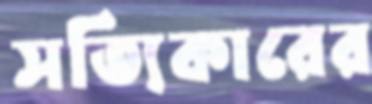
সত্যিকারের